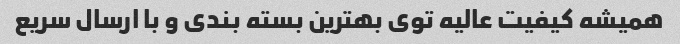
همیشه کیفیت عالیه توی بهترین بسته بندی و با ارسال سریع